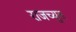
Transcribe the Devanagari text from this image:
राजच्युत